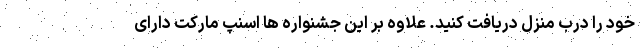
خود را درب منزل دریافت کنید. علاوه بر این جشنواره ها اسنپ مارکت دارای